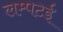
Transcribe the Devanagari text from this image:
लम्पटई